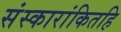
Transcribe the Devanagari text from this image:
संस्कारांकितहि